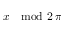
x \mod 2 \, \pi